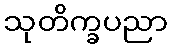
သုတိက္ခပညာ